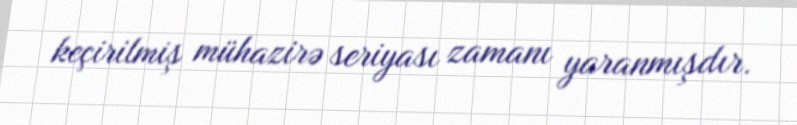
keçirilmiş mühazirə seriyası zamanı yaranmışdır.